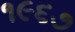
૧૯૬૭